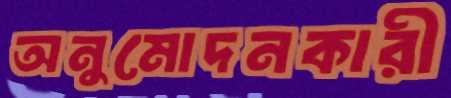
অনুমোদনকারী